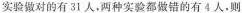
实验做对的有31人，两种实验都做错的有4人，则